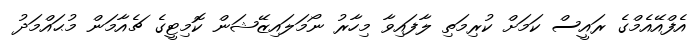
އެފްއޭއެމްގެ ރައީސް ކަމަށް ކުރިމަތި ލާފައިވާ މިހާރު ނޯމަލައިޒޭޝަން ކޮމިޓީގެ ޗެއާމަން މުޙައްމަދު